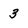
Character: 3